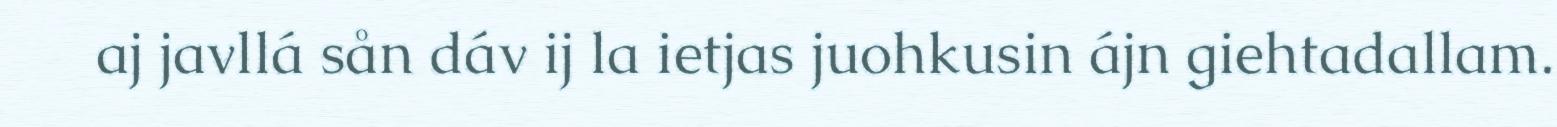
aj javllá sån dáv ij la ietjas juohkusin ájn giehtadallam.